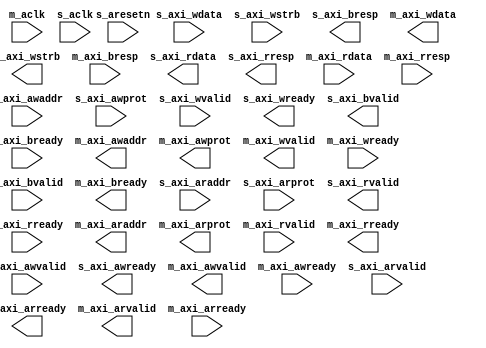
module reg_access_fifo(
  m_aclk,
  s_aclk,
  s_aresetn,
  s_axi_awaddr,
  s_axi_awprot,
  s_axi_awvalid,
  s_axi_awready,
  s_axi_wdata,
  s_axi_wstrb,
  s_axi_wvalid,
  s_axi_wready,
  s_axi_bresp,
  s_axi_bvalid,
  s_axi_bready,
  m_axi_awaddr,
  m_axi_awprot,
  m_axi_awvalid,
  m_axi_awready,
  m_axi_wdata,
  m_axi_wstrb,
  m_axi_wvalid,
  m_axi_wready,
  m_axi_bresp,
  m_axi_bvalid,
  m_axi_bready,
  s_axi_araddr,
  s_axi_arprot,
  s_axi_arvalid,
  s_axi_arready,
  s_axi_rdata,
  s_axi_rresp,
  s_axi_rvalid,
  s_axi_rready,
  m_axi_araddr,
  m_axi_arprot,
  m_axi_arvalid,
  m_axi_arready,
  m_axi_rdata,
  m_axi_rresp,
  m_axi_rvalid,
  m_axi_rready
);

input m_aclk;
input s_aclk;
input s_aresetn;
input [26 : 0] s_axi_awaddr;
input [2 : 0] s_axi_awprot;
input s_axi_awvalid;
output s_axi_awready;
input [31 : 0] s_axi_wdata;
input [3 : 0] s_axi_wstrb;
input s_axi_wvalid;
output s_axi_wready;
output [1 : 0] s_axi_bresp;
output s_axi_bvalid;
input s_axi_bready;
output [26 : 0] m_axi_awaddr;
output [2 : 0] m_axi_awprot;
output m_axi_awvalid;
input m_axi_awready;
output [31 : 0] m_axi_wdata;
output [3 : 0] m_axi_wstrb;
output m_axi_wvalid;
input m_axi_wready;
input [1 : 0] m_axi_bresp;
input m_axi_bvalid;
output m_axi_bready;
input [26 : 0] s_axi_araddr;
input [2 : 0] s_axi_arprot;
input s_axi_arvalid;
output s_axi_arready;
output [31 : 0] s_axi_rdata;
output [1 : 0] s_axi_rresp;
output s_axi_rvalid;
input s_axi_rready;
output [26 : 0] m_axi_araddr;
output [2 : 0] m_axi_arprot;
output m_axi_arvalid;
input m_axi_arready;
input [31 : 0] m_axi_rdata;
input [1 : 0] m_axi_rresp;
input m_axi_rvalid;
output m_axi_rready;

// synthesis translate_off

  FIFO_GENERATOR_V9_3 #(
    .C_ADD_NGC_CONSTRAINT(0),
    .C_APPLICATION_TYPE_AXIS(0),
    .C_APPLICATION_TYPE_RACH(0),
    .C_APPLICATION_TYPE_RDCH(0),
    .C_APPLICATION_TYPE_WACH(0),
    .C_APPLICATION_TYPE_WDCH(0),
    .C_APPLICATION_TYPE_WRCH(0),
    .C_AXI_ADDR_WIDTH(27),
    .C_AXI_ARUSER_WIDTH(1),
    .C_AXI_AWUSER_WIDTH(1),
    .C_AXI_BUSER_WIDTH(1),
    .C_AXI_DATA_WIDTH(32),
    .C_AXI_ID_WIDTH(4),
    .C_AXI_RUSER_WIDTH(1),
    .C_AXI_TYPE(2),
    .C_AXI_WUSER_WIDTH(1),
    .C_AXIS_TDATA_WIDTH(64),
    .C_AXIS_TDEST_WIDTH(4),
    .C_AXIS_TID_WIDTH(8),
    .C_AXIS_TKEEP_WIDTH(4),
    .C_AXIS_TSTRB_WIDTH(4),
    .C_AXIS_TUSER_WIDTH(4),
    .C_AXIS_TYPE(0),
    .C_COMMON_CLOCK(0),
    .C_COUNT_TYPE(0),
    .C_DATA_COUNT_WIDTH(10),
    .C_DEFAULT_VALUE("BlankString"),
    .C_DIN_WIDTH(18),
    .C_DIN_WIDTH_AXIS(1),
    .C_DIN_WIDTH_RACH(30),
    .C_DIN_WIDTH_RDCH(34),
    .C_DIN_WIDTH_WACH(30),
    .C_DIN_WIDTH_WDCH(36),
    .C_DIN_WIDTH_WRCH(2),
    .C_DOUT_RST_VAL("0"),
    .C_DOUT_WIDTH(18),
    .C_ENABLE_RLOCS(0),
    .C_ENABLE_RST_SYNC(1),
    .C_ERROR_INJECTION_TYPE(0),
    .C_ERROR_INJECTION_TYPE_AXIS(0),
    .C_ERROR_INJECTION_TYPE_RACH(0),
    .C_ERROR_INJECTION_TYPE_RDCH(0),
    .C_ERROR_INJECTION_TYPE_WACH(0),
    .C_ERROR_INJECTION_TYPE_WDCH(0),
    .C_ERROR_INJECTION_TYPE_WRCH(0),
    .C_FAMILY("zynq"),
    .C_FULL_FLAGS_RST_VAL(1),
    .C_HAS_ALMOST_EMPTY(0),
    .C_HAS_ALMOST_FULL(0),
    .C_HAS_AXI_ARUSER(0),
    .C_HAS_AXI_AWUSER(0),
    .C_HAS_AXI_BUSER(0),
    .C_HAS_AXI_RD_CHANNEL(1),
    .C_HAS_AXI_RUSER(0),
    .C_HAS_AXI_WR_CHANNEL(1),
    .C_HAS_AXI_WUSER(0),
    .C_HAS_AXIS_TDATA(0),
    .C_HAS_AXIS_TDEST(0),
    .C_HAS_AXIS_TID(0),
    .C_HAS_AXIS_TKEEP(0),
    .C_HAS_AXIS_TLAST(0),
    .C_HAS_AXIS_TREADY(1),
    .C_HAS_AXIS_TSTRB(0),
    .C_HAS_AXIS_TUSER(0),
    .C_HAS_BACKUP(0),
    .C_HAS_DATA_COUNT(0),
    .C_HAS_DATA_COUNTS_AXIS(0),
    .C_HAS_DATA_COUNTS_RACH(0),
    .C_HAS_DATA_COUNTS_RDCH(0),
    .C_HAS_DATA_COUNTS_WACH(0),
    .C_HAS_DATA_COUNTS_WDCH(0),
    .C_HAS_DATA_COUNTS_WRCH(0),
    .C_HAS_INT_CLK(0),
    .C_HAS_MASTER_CE(0),
    .C_HAS_MEMINIT_FILE(0),
    .C_HAS_OVERFLOW(0),
    .C_HAS_PROG_FLAGS_AXIS(0),
    .C_HAS_PROG_FLAGS_RACH(0),
    .C_HAS_PROG_FLAGS_RDCH(0),
    .C_HAS_PROG_FLAGS_WACH(0),
    .C_HAS_PROG_FLAGS_WDCH(0),
    .C_HAS_PROG_FLAGS_WRCH(0),
    .C_HAS_RD_DATA_COUNT(0),
    .C_HAS_RD_RST(0),
    .C_HAS_RST(1),
    .C_HAS_SLAVE_CE(0),
    .C_HAS_SRST(0),
    .C_HAS_UNDERFLOW(0),
    .C_HAS_VALID(0),
    .C_HAS_WR_ACK(0),
    .C_HAS_WR_DATA_COUNT(0),
    .C_HAS_WR_RST(0),
    .C_IMPLEMENTATION_TYPE(0),
    .C_IMPLEMENTATION_TYPE_AXIS(11),
    .C_IMPLEMENTATION_TYPE_RACH(12),
    .C_IMPLEMENTATION_TYPE_RDCH(12),
    .C_IMPLEMENTATION_TYPE_WACH(12),
    .C_IMPLEMENTATION_TYPE_WDCH(12),
    .C_IMPLEMENTATION_TYPE_WRCH(12),
    .C_INIT_WR_PNTR_VAL(0),
    .C_INTERFACE_TYPE(1),
    .C_MEMORY_TYPE(1),
    .C_MIF_FILE_NAME("BlankString"),
    .C_MSGON_VAL(1),
    .C_OPTIMIZATION_MODE(0),
    .C_OVERFLOW_LOW(0),
    .C_PRELOAD_LATENCY(1),
    .C_PRELOAD_REGS(0),
    .C_PRIM_FIFO_TYPE("4kx4"),
    .C_PROG_EMPTY_THRESH_ASSERT_VAL(2),
    .C_PROG_EMPTY_THRESH_ASSERT_VAL_AXIS(1021),
    .C_PROG_EMPTY_THRESH_ASSERT_VAL_RACH(13),
    .C_PROG_EMPTY_THRESH_ASSERT_VAL_RDCH(13),
    .C_PROG_EMPTY_THRESH_ASSERT_VAL_WACH(13),
    .C_PROG_EMPTY_THRESH_ASSERT_VAL_WDCH(13),
    .C_PROG_EMPTY_THRESH_ASSERT_VAL_WRCH(13),
    .C_PROG_EMPTY_THRESH_NEGATE_VAL(3),
    .C_PROG_EMPTY_TYPE(0),
    .C_PROG_EMPTY_TYPE_AXIS(0),
    .C_PROG_EMPTY_TYPE_RACH(0),
    .C_PROG_EMPTY_TYPE_RDCH(0),
    .C_PROG_EMPTY_TYPE_WACH(0),
    .C_PROG_EMPTY_TYPE_WDCH(0),
    .C_PROG_EMPTY_TYPE_WRCH(0),
    .C_PROG_FULL_THRESH_ASSERT_VAL(1022),
    .C_PROG_FULL_THRESH_ASSERT_VAL_AXIS(1023),
    .C_PROG_FULL_THRESH_ASSERT_VAL_RACH(15),
    .C_PROG_FULL_THRESH_ASSERT_VAL_RDCH(15),
    .C_PROG_FULL_THRESH_ASSERT_VAL_WACH(15),
    .C_PROG_FULL_THRESH_ASSERT_VAL_WDCH(15),
    .C_PROG_FULL_THRESH_ASSERT_VAL_WRCH(15),
    .C_PROG_FULL_THRESH_NEGATE_VAL(1021),
    .C_PROG_FULL_TYPE(0),
    .C_PROG_FULL_TYPE_AXIS(0),
    .C_PROG_FULL_TYPE_RACH(0),
    .C_PROG_FULL_TYPE_RDCH(0),
    .C_PROG_FULL_TYPE_WACH(0),
    .C_PROG_FULL_TYPE_WDCH(0),
    .C_PROG_FULL_TYPE_WRCH(0),
    .C_RACH_TYPE(0),
    .C_RD_DATA_COUNT_WIDTH(10),
    .C_RD_DEPTH(1024),
    .C_RD_FREQ(1),
    .C_RD_PNTR_WIDTH(10),
    .C_RDCH_TYPE(0),
    .C_REG_SLICE_MODE_AXIS(0),
    .C_REG_SLICE_MODE_RACH(0),
    .C_REG_SLICE_MODE_RDCH(0),
    .C_REG_SLICE_MODE_WACH(0),
    .C_REG_SLICE_MODE_WDCH(0),
    .C_REG_SLICE_MODE_WRCH(0),
    .C_SYNCHRONIZER_STAGE(2),
    .C_UNDERFLOW_LOW(0),
    .C_USE_COMMON_OVERFLOW(0),
    .C_USE_COMMON_UNDERFLOW(0),
    .C_USE_DEFAULT_SETTINGS(0),
    .C_USE_DOUT_RST(1),
    .C_USE_ECC(0),
    .C_USE_ECC_AXIS(0),
    .C_USE_ECC_RACH(0),
    .C_USE_ECC_RDCH(0),
    .C_USE_ECC_WACH(0),
    .C_USE_ECC_WDCH(0),
    .C_USE_ECC_WRCH(0),
    .C_USE_EMBEDDED_REG(0),
    .C_USE_FIFO16_FLAGS(0),
    .C_USE_FWFT_DATA_COUNT(0),
    .C_VALID_LOW(0),
    .C_WACH_TYPE(0),
    .C_WDCH_TYPE(0),
    .C_WR_ACK_LOW(0),
    .C_WR_DATA_COUNT_WIDTH(10),
    .C_WR_DEPTH(1024),
    .C_WR_DEPTH_AXIS(1024),
    .C_WR_DEPTH_RACH(16),
    .C_WR_DEPTH_RDCH(16),
    .C_WR_DEPTH_WACH(16),
    .C_WR_DEPTH_WDCH(16),
    .C_WR_DEPTH_WRCH(16),
    .C_WR_FREQ(1),
    .C_WR_PNTR_WIDTH(10),
    .C_WR_PNTR_WIDTH_AXIS(10),
    .C_WR_PNTR_WIDTH_RACH(4),
    .C_WR_PNTR_WIDTH_RDCH(4),
    .C_WR_PNTR_WIDTH_WACH(4),
    .C_WR_PNTR_WIDTH_WDCH(4),
    .C_WR_PNTR_WIDTH_WRCH(4),
    .C_WR_RESPONSE_LATENCY(1),
    .C_WRCH_TYPE(0)
  )
  inst (
    .M_ACLK(m_aclk),
    .S_ACLK(s_aclk),
    .S_ARESETN(s_aresetn),
    .S_AXI_AWADDR(s_axi_awaddr),
    .S_AXI_AWPROT(s_axi_awprot),
    .S_AXI_AWVALID(s_axi_awvalid),
    .S_AXI_AWREADY(s_axi_awready),
    .S_AXI_WDATA(s_axi_wdata),
    .S_AXI_WSTRB(s_axi_wstrb),
    .S_AXI_WVALID(s_axi_wvalid),
    .S_AXI_WREADY(s_axi_wready),
    .S_AXI_BRESP(s_axi_bresp),
    .S_AXI_BVALID(s_axi_bvalid),
    .S_AXI_BREADY(s_axi_bready),
    .M_AXI_AWADDR(m_axi_awaddr),
    .M_AXI_AWPROT(m_axi_awprot),
    .M_AXI_AWVALID(m_axi_awvalid),
    .M_AXI_AWREADY(m_axi_awready),
    .M_AXI_WDATA(m_axi_wdata),
    .M_AXI_WSTRB(m_axi_wstrb),
    .M_AXI_WVALID(m_axi_wvalid),
    .M_AXI_WREADY(m_axi_wready),
    .M_AXI_BRESP(m_axi_bresp),
    .M_AXI_BVALID(m_axi_bvalid),
    .M_AXI_BREADY(m_axi_bready),
    .S_AXI_ARADDR(s_axi_araddr),
    .S_AXI_ARPROT(s_axi_arprot),
    .S_AXI_ARVALID(s_axi_arvalid),
    .S_AXI_ARREADY(s_axi_arready),
    .S_AXI_RDATA(s_axi_rdata),
    .S_AXI_RRESP(s_axi_rresp),
    .S_AXI_RVALID(s_axi_rvalid),
    .S_AXI_RREADY(s_axi_rready),
    .M_AXI_ARADDR(m_axi_araddr),
    .M_AXI_ARPROT(m_axi_arprot),
    .M_AXI_ARVALID(m_axi_arvalid),
    .M_AXI_ARREADY(m_axi_arready),
    .M_AXI_RDATA(m_axi_rdata),
    .M_AXI_RRESP(m_axi_rresp),
    .M_AXI_RVALID(m_axi_rvalid),
    .M_AXI_RREADY(m_axi_rready),
    .BACKUP(),
    .BACKUP_MARKER(),
    .CLK(),
    .RST(),
    .SRST(),
    .WR_CLK(),
    .WR_RST(),
    .RD_CLK(),
    .RD_RST(),
    .DIN(),
    .WR_EN(),
    .RD_EN(),
    .PROG_EMPTY_THRESH(),
    .PROG_EMPTY_THRESH_ASSERT(),
    .PROG_EMPTY_THRESH_NEGATE(),
    .PROG_FULL_THRESH(),
    .PROG_FULL_THRESH_ASSERT(),
    .PROG_FULL_THRESH_NEGATE(),
    .INT_CLK(),
    .INJECTDBITERR(),
    .INJECTSBITERR(),
    .DOUT(),
    .FULL(),
    .ALMOST_FULL(),
    .WR_ACK(),
    .OVERFLOW(),
    .EMPTY(),
    .ALMOST_EMPTY(),
    .VALID(),
    .UNDERFLOW(),
    .DATA_COUNT(),
    .RD_DATA_COUNT(),
    .WR_DATA_COUNT(),
    .PROG_FULL(),
    .PROG_EMPTY(),
    .SBITERR(),
    .DBITERR(),
    .M_ACLK_EN(),
    .S_ACLK_EN(),
    .S_AXI_AWID(),
    .S_AXI_AWLEN(),
    .S_AXI_AWSIZE(),
    .S_AXI_AWBURST(),
    .S_AXI_AWLOCK(),
    .S_AXI_AWCACHE(),
    .S_AXI_AWQOS(),
    .S_AXI_AWREGION(),
    .S_AXI_AWUSER(),
    .S_AXI_WID(),
    .S_AXI_WLAST(),
    .S_AXI_WUSER(),
    .S_AXI_BID(),
    .S_AXI_BUSER(),
    .M_AXI_AWID(),
    .M_AXI_AWLEN(),
    .M_AXI_AWSIZE(),
    .M_AXI_AWBURST(),
    .M_AXI_AWLOCK(),
    .M_AXI_AWCACHE(),
    .M_AXI_AWQOS(),
    .M_AXI_AWREGION(),
    .M_AXI_AWUSER(),
    .M_AXI_WID(),
    .M_AXI_WLAST(),
    .M_AXI_WUSER(),
    .M_AXI_BID(),
    .M_AXI_BUSER(),
    .S_AXI_ARID(),
    .S_AXI_ARLEN(),
    .S_AXI_ARSIZE(),
    .S_AXI_ARBURST(),
    .S_AXI_ARLOCK(),
    .S_AXI_ARCACHE(),
    .S_AXI_ARQOS(),
    .S_AXI_ARREGION(),
    .S_AXI_ARUSER(),
    .S_AXI_RID(),
    .S_AXI_RLAST(),
    .S_AXI_RUSER(),
    .M_AXI_ARID(),
    .M_AXI_ARLEN(),
    .M_AXI_ARSIZE(),
    .M_AXI_ARBURST(),
    .M_AXI_ARLOCK(),
    .M_AXI_ARCACHE(),
    .M_AXI_ARQOS(),
    .M_AXI_ARREGION(),
    .M_AXI_ARUSER(),
    .M_AXI_RID(),
    .M_AXI_RLAST(),
    .M_AXI_RUSER(),
    .S_AXIS_TVALID(),
    .S_AXIS_TREADY(),
    .S_AXIS_TDATA(),
    .S_AXIS_TSTRB(),
    .S_AXIS_TKEEP(),
    .S_AXIS_TLAST(),
    .S_AXIS_TID(),
    .S_AXIS_TDEST(),
    .S_AXIS_TUSER(),
    .M_AXIS_TVALID(),
    .M_AXIS_TREADY(),
    .M_AXIS_TDATA(),
    .M_AXIS_TSTRB(),
    .M_AXIS_TKEEP(),
    .M_AXIS_TLAST(),
    .M_AXIS_TID(),
    .M_AXIS_TDEST(),
    .M_AXIS_TUSER(),
    .AXI_AW_INJECTSBITERR(),
    .AXI_AW_INJECTDBITERR(),
    .AXI_AW_PROG_FULL_THRESH(),
    .AXI_AW_PROG_EMPTY_THRESH(),
    .AXI_AW_DATA_COUNT(),
    .AXI_AW_WR_DATA_COUNT(),
    .AXI_AW_RD_DATA_COUNT(),
    .AXI_AW_SBITERR(),
    .AXI_AW_DBITERR(),
    .AXI_AW_OVERFLOW(),
    .AXI_AW_UNDERFLOW(),
    .AXI_AW_PROG_FULL(),
    .AXI_AW_PROG_EMPTY(),
    .AXI_W_INJECTSBITERR(),
    .AXI_W_INJECTDBITERR(),
    .AXI_W_PROG_FULL_THRESH(),
    .AXI_W_PROG_EMPTY_THRESH(),
    .AXI_W_DATA_COUNT(),
    .AXI_W_WR_DATA_COUNT(),
    .AXI_W_RD_DATA_COUNT(),
    .AXI_W_SBITERR(),
    .AXI_W_DBITERR(),
    .AXI_W_OVERFLOW(),
    .AXI_W_UNDERFLOW(),
    .AXI_B_INJECTSBITERR(),
    .AXI_W_PROG_FULL(),
    .AXI_W_PROG_EMPTY(),
    .AXI_B_INJECTDBITERR(),
    .AXI_B_PROG_FULL_THRESH(),
    .AXI_B_PROG_EMPTY_THRESH(),
    .AXI_B_DATA_COUNT(),
    .AXI_B_WR_DATA_COUNT(),
    .AXI_B_RD_DATA_COUNT(),
    .AXI_B_SBITERR(),
    .AXI_B_DBITERR(),
    .AXI_B_OVERFLOW(),
    .AXI_B_UNDERFLOW(),
    .AXI_AR_INJECTSBITERR(),
    .AXI_B_PROG_FULL(),
    .AXI_B_PROG_EMPTY(),
    .AXI_AR_INJECTDBITERR(),
    .AXI_AR_PROG_FULL_THRESH(),
    .AXI_AR_PROG_EMPTY_THRESH(),
    .AXI_AR_DATA_COUNT(),
    .AXI_AR_WR_DATA_COUNT(),
    .AXI_AR_RD_DATA_COUNT(),
    .AXI_AR_SBITERR(),
    .AXI_AR_DBITERR(),
    .AXI_AR_OVERFLOW(),
    .AXI_AR_UNDERFLOW(),
    .AXI_AR_PROG_FULL(),
    .AXI_AR_PROG_EMPTY(),
    .AXI_R_INJECTSBITERR(),
    .AXI_R_INJECTDBITERR(),
    .AXI_R_PROG_FULL_THRESH(),
    .AXI_R_PROG_EMPTY_THRESH(),
    .AXI_R_DATA_COUNT(),
    .AXI_R_WR_DATA_COUNT(),
    .AXI_R_RD_DATA_COUNT(),
    .AXI_R_SBITERR(),
    .AXI_R_DBITERR(),
    .AXI_R_OVERFLOW(),
    .AXI_R_UNDERFLOW(),
    .AXIS_INJECTSBITERR(),
    .AXI_R_PROG_FULL(),
    .AXI_R_PROG_EMPTY(),
    .AXIS_INJECTDBITERR(),
    .AXIS_PROG_FULL_THRESH(),
    .AXIS_PROG_EMPTY_THRESH(),
    .AXIS_DATA_COUNT(),
    .AXIS_WR_DATA_COUNT(),
    .AXIS_RD_DATA_COUNT(),
    .AXIS_SBITERR(),
    .AXIS_DBITERR(),
    .AXIS_OVERFLOW(),
    .AXIS_UNDERFLOW(),
    .AXIS_PROG_FULL(),
    .AXIS_PROG_EMPTY()
  );

// synthesis translate_on

endmodule